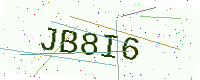
Text: JB8I6